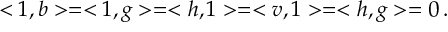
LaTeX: < 1 , b > = < 1 , g > = < h , 1 > = < v , 1 > = < h , g > = 0 \, .